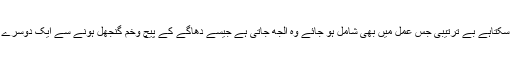
اس کے برعکس بے ترتیبی کووحشت سے تعبیرکیا جا سکتاہے بے ترتیبی جس عمل میں بھی شامل ہو جائے وہ الجھ جاتی ہے جیسے دھاگے کے پیچ وخم گنجھل ہونے سے ایک دوسرے میں ایسے گھل مل جاتے ہیں کہ ان کو جدا کرنا مشکل۔